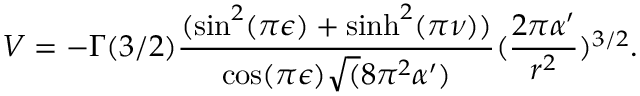
V = - \Gamma ( 3 / 2 ) \frac { ( \sin ^ { 2 } ( \pi \epsilon ) + \sinh ^ { 2 } ( \pi \nu ) ) } { \cos ( \pi \epsilon ) \sqrt ( 8 \pi ^ { 2 } \alpha ^ { \prime } ) } ( \frac { 2 \pi \alpha ^ { \prime } } { r ^ { 2 } } ) ^ { 3 / 2 } .